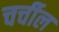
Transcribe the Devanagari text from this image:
चर्चील